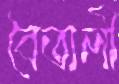
বৈতালী